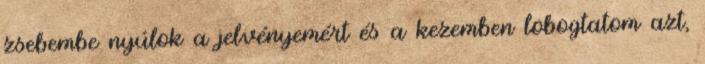
zsebembe nyúlok a jelvényemért és a kezemben lobogtatom azt,